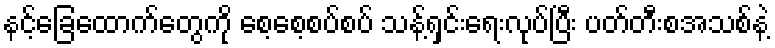
နင့်ခြေထောက်တွေကို စေ့စေ့စပ်စပ် သန့်ရှင်းရေးလုပ်ပြီး ပတ်တီးစအသစ်နဲ့